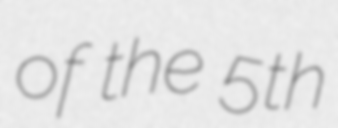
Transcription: of the 5th